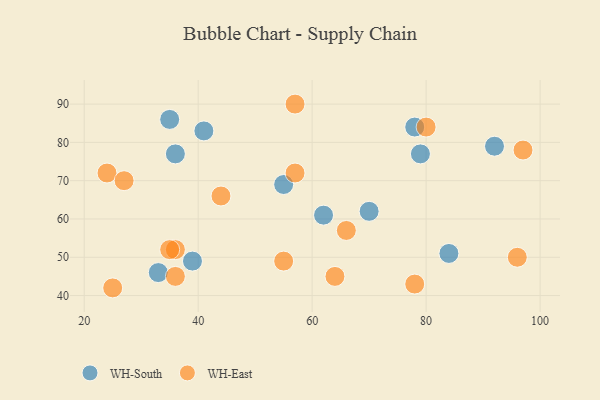
{"axis": {"x": "GDP", "y": "Life Expectancy"}, "legend": ["WH-East", "WH-South"], "data": [{"x": "35", "y": 86, "type": "WH-South"}, {"x": "33", "y": 46, "type": "WH-South"}, {"x": "92", "y": 79, "type": "WH-South"}, {"x": "79", "y": 77, "type": "WH-South"}, {"x": "39", "y": 49, "type": "WH-South"}, {"x": "41", "y": 83, "type": "WH-South"}, {"x": "78", "y": 84, "type": "WH-South"}, {"x": "36", "y": 77, "type": "WH-South"}, {"x": "55", "y": 69, "type": "WH-South"}, {"x": "84", "y": 51, "type": "WH-South"}, {"x": "70", "y": 62, "type": "WH-South"}, {"x": "62", "y": 61, "type": "WH-South"}, {"x": "97", "y": 78, "type": "WH-East"}, {"x": "24", "y": 72, "type": "WH-East"}, {"x": "25", "y": 42, "type": "WH-East"}, {"x": "36", "y": 45, "type": "WH-East"}, {"x": "80", "y": 84, "type": "WH-East"}, {"x": "36", "y": 52, "type": "WH-East"}, {"x": "96", "y": 50, "type": "WH-East"}, {"x": "78", "y": 43, "type": "WH-East"}, {"x": "57", "y": 72, "type": "WH-East"}, {"x": "35", "y": 52, "type": "WH-East"}, {"x": "66", "y": 57, "type": "WH-East"}, {"x": "55", "y": 49, "type": "WH-East"}, {"x": "64", "y": 45, "type": "WH-East"}, {"x": "44", "y": 66, "type": "WH-East"}, {"x": "27", "y": 70, "type": "WH-East"}, {"x": "57", "y": 90, "type": "WH-East"}]}